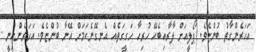
އަހަރެންގާތު ބުންޏެވެ. ޕޯލީއަށް ލާރާއިބެހޭ ހުރިހާ ހަގީގަތެއް އެނގޭނެކަމަށް އޭނާ ބުންޏެވެ. އަހަރެންއިނީ